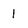
Character: 1